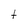
Character: t